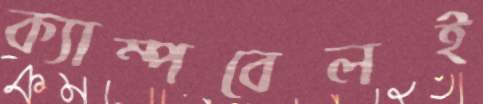
ক্যাম্পবেলই